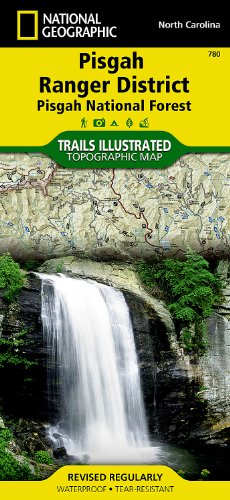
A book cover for Pisgah Ranger District [Pisgah National Forest] (National Geographic Trails Illustrated Map); National Geographic Maps - Trails Illustrated; Reference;